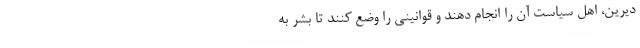
دیرین، اهل سیاست آن را انجام دهند و قوانینی را وضع کنند تا بشر به